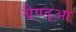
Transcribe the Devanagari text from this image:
बैण्ड्आ